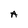
Character: A